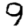
Digit: 9